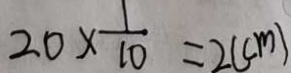
2 0 \times \frac { 1 } { 1 0 } = 2 ( c m )